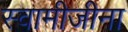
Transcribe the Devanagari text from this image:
स्वामीजीना